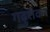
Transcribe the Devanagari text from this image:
गढ़शंकर